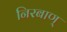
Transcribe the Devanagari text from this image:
निरबाण्